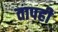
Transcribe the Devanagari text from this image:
तापही